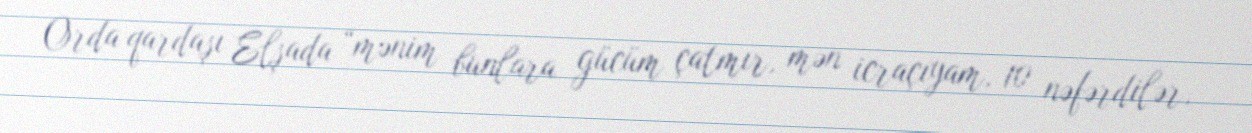
Orda qardaşı Elşada “mənim bunlara gücüm çatmır, mən icraçıyam, 10 nəfərdilər,